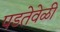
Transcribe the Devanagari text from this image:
पडतेवेळी